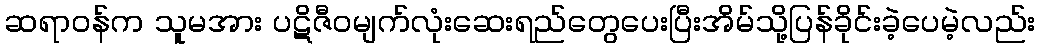
ဆရာဝန်က သူမအား ပဋိဇီဝမျက်လုံးဆေးရည်တွေပေးပြီးအိမ်သို့ပြန်ခိုင်းခဲ့ပေမဲ့လည်း